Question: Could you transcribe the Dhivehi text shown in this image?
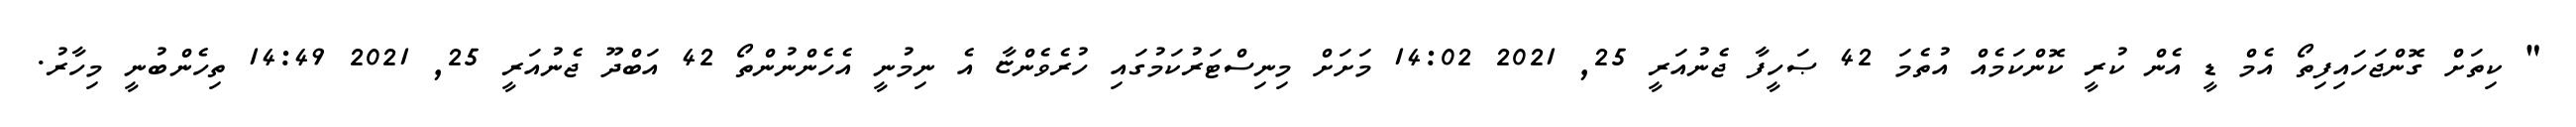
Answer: " ކިތަށް ގޮންޖަހައިފިތޯ އެމް ޑީ އެން ކުރީ ކޮންކަމެއް އުތެމަ 42 ޞަހީފާ ޖެނުއަރީ 25, 2021 14:02 މަށަށް މިނިސްޓަރުކަމުގައި ހުރެވެންޏާ އެ ނިމުނީ އެހެންނުންތޯ 42 އަބްދޫ ޖެނުއަރީ 25, 2021 14:49 ތިހެންބުނީ މިހާރު.